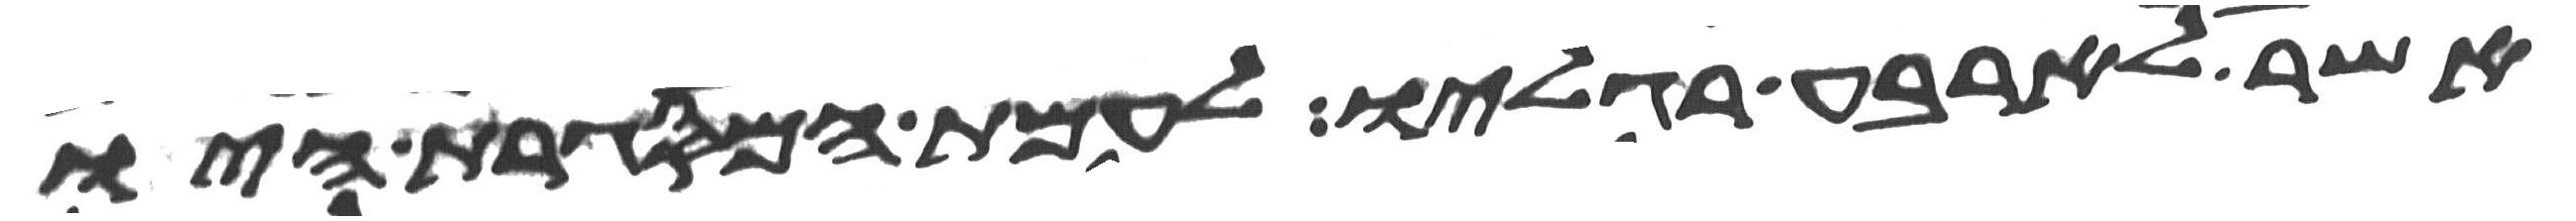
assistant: אשר לארבע רגליו לעמת המסגרת היו